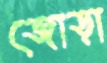
জোড়া